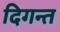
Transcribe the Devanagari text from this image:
दिगन्त